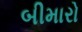
બીમારો